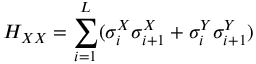
H _ { X X } = \sum _ { i = 1 } ^ { L } ( \sigma _ { i } ^ { X } \sigma _ { i + 1 } ^ { X } + \sigma _ { i } ^ { Y } \sigma _ { i + 1 } ^ { Y } )